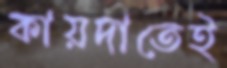
কায়দাতেই